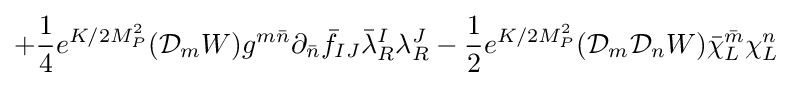
+{\frac {1}{4}}e^{K/2M_{P}^{2}}({\mathcal {D}}_{m}W)g^{m{\bar {n}}}\partial _{\bar {n}}{\bar {f}}_{IJ}{\bar {\lambda }}_{R}^{I}\lambda _{R}^{J}-{\frac {1}{2}}e^{K/2M_{P}^{2}}({\mathcal {D}}_{m}{\mathcal {D}}_{n}W){\bar {\chi }}_{L}^{\bar {m}}\chi _{L}^{n}